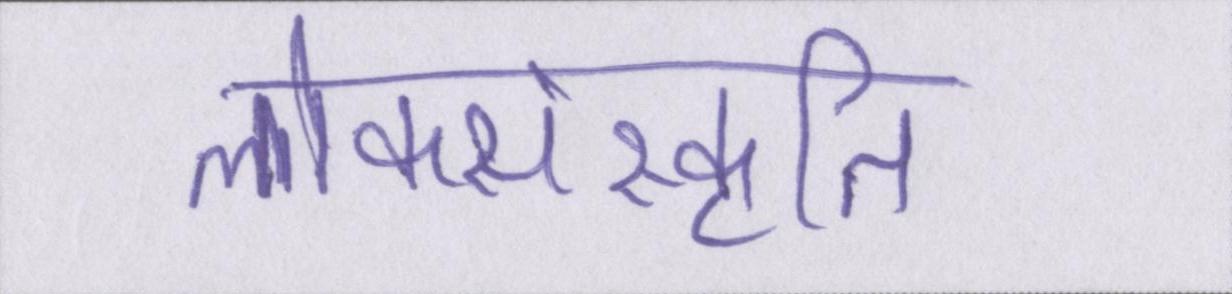
लोकसंस्कृति